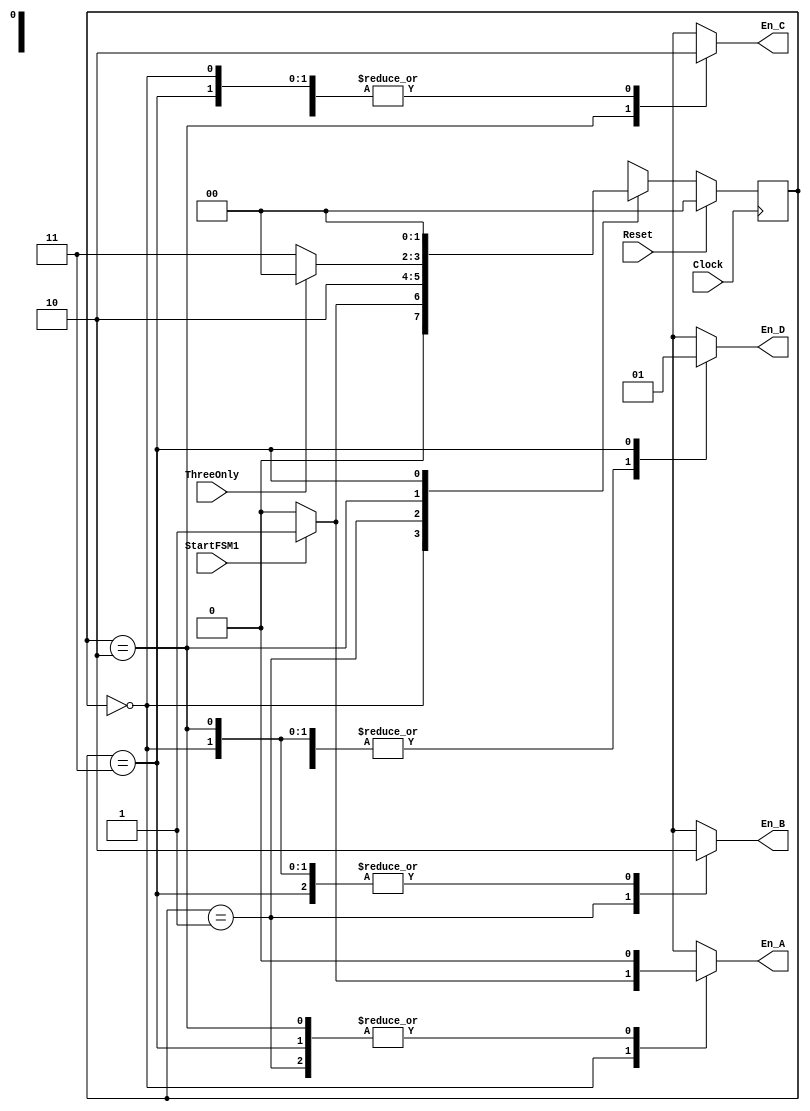
// ************************************************************************
// *  SYNOPSYS CONFIDENTIAL PROPRIETARY NOTE                              *
// *                                                                      *
// *  This software contains information confidential and proprietary     *
// *  to Synopsys, Inc. It shall not be reproduced in whole               *
// *  or in part or transferred to other documents, or disclosed          *
// *  to third parties, or used for any purpose other than that           *
// *  for which it was obtained, without the prior written consent        *
// *  of Synopsys, Inc.                                                   *
// *  Copyright (c) 2012-2013 Synopsys, Inc.                              *
// *  All rights reserved                                                 *
// *                                                                      *
// ************************************************************************

`timescale 1 ns / 1ns
module fsm_child1( Clock, Reset, ThreeOnly,StartFSM1,
        En_A, En_B, En_C, En_D);

        parameter ST_A=0,ST_B=1,ST_C=2,ST_D=3;  // FSM1
	input Clock, Reset,ThreeOnly,StartFSM1;
	output En_A, En_B, En_C, En_D;
	reg En_A, En_B, En_C, En_D;
        reg [1:0] CurrStateFSM1, NextStateFSM1;


	
   //------
   // FSM1
   //------
   always @(StartFSM1 or ThreeOnly or CurrStateFSM1)
     begin: FSM1_COMB
       En_A = 0;
       En_B = 0;
       En_C = 0;
       En_D = 0;
       case (CurrStateFSM1)
          ST_A :  if (StartFSM1)
                    begin
                      En_A = 1;
                      NextStateFSM1 = ST_B;
                    end
                  else 
                    NextStateFSM1 = ST_A;
          ST_B :  begin
                    En_B = 1;
                    NextStateFSM1 = ST_C;
                  end
          ST_C :  begin
                    En_C = 1;
                    if (ThreeOnly)
                      NextStateFSM1 = ST_A;
                    else 
                      NextStateFSM1 = ST_D;
                  end
          ST_D :  begin
                    En_D = 1;
                    NextStateFSM1 = ST_A;
                  end
          default :  NextStateFSM1 = ST_A;
       endcase
     end

   always @(posedge Clock)
     begin: FSM1_SEQ
       if (Reset)
         CurrStateFSM1 = ST_A;
       else
         CurrStateFSM1 = NextStateFSM1;
     end
endmodule